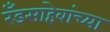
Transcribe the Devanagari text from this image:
रँडसाहेबांच्या